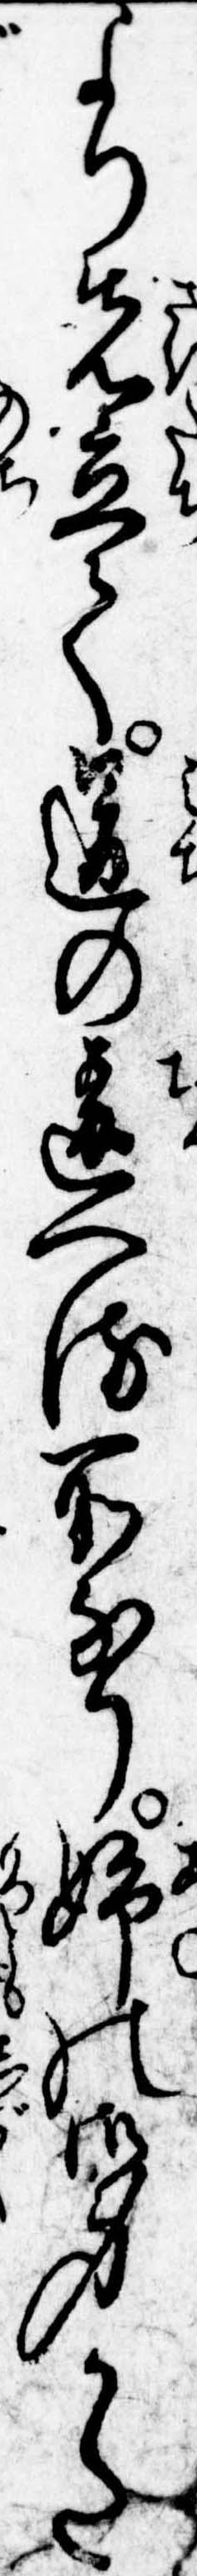
より先立て道の違へる所なり姉の御身かた